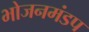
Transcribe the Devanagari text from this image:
भोजनमंडप